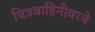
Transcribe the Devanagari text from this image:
चित्रवाहिनीवरचे